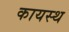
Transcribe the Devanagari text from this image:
कायस्‍थ